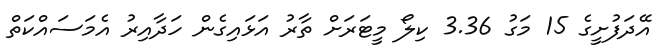
އޭދަފުށީގެ 15 މަގު 3.36 ކިލޯ މީޓަރަށް ތާރު އަޅައިގެން ހަދާއިރު އެމަސައްކަތް